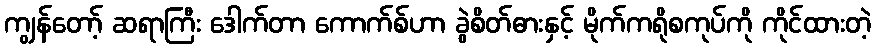
ကျွန်တော့် ဆရာကြီး ဒေါက်တာ ကောက်စ်ဟာ ခွဲစိတ်ဓားနှင့် မိုက်ကရိုစကုပ်ကို ကိုင်ထားတဲ့